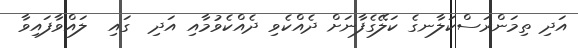
އަދި ތިމަންރަސްކަލާނގެ ކަލޭގެފާނަށް ދެއްކެވި ދެއްކެވުމާއި އަދި  ގައި  ލައްވާފައިވާ